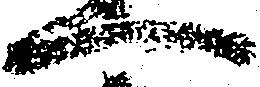
へ